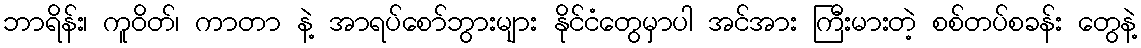
ဘာရိန်း၊ ကူဝိတ်၊ ကာတာ နဲ့ အာရပ်စော်ဘွားများ နိုင်ငံတွေမှာပါ အင်အား ကြီးမားတဲ့ စစ်တပ်စခန်း တွေနဲ့